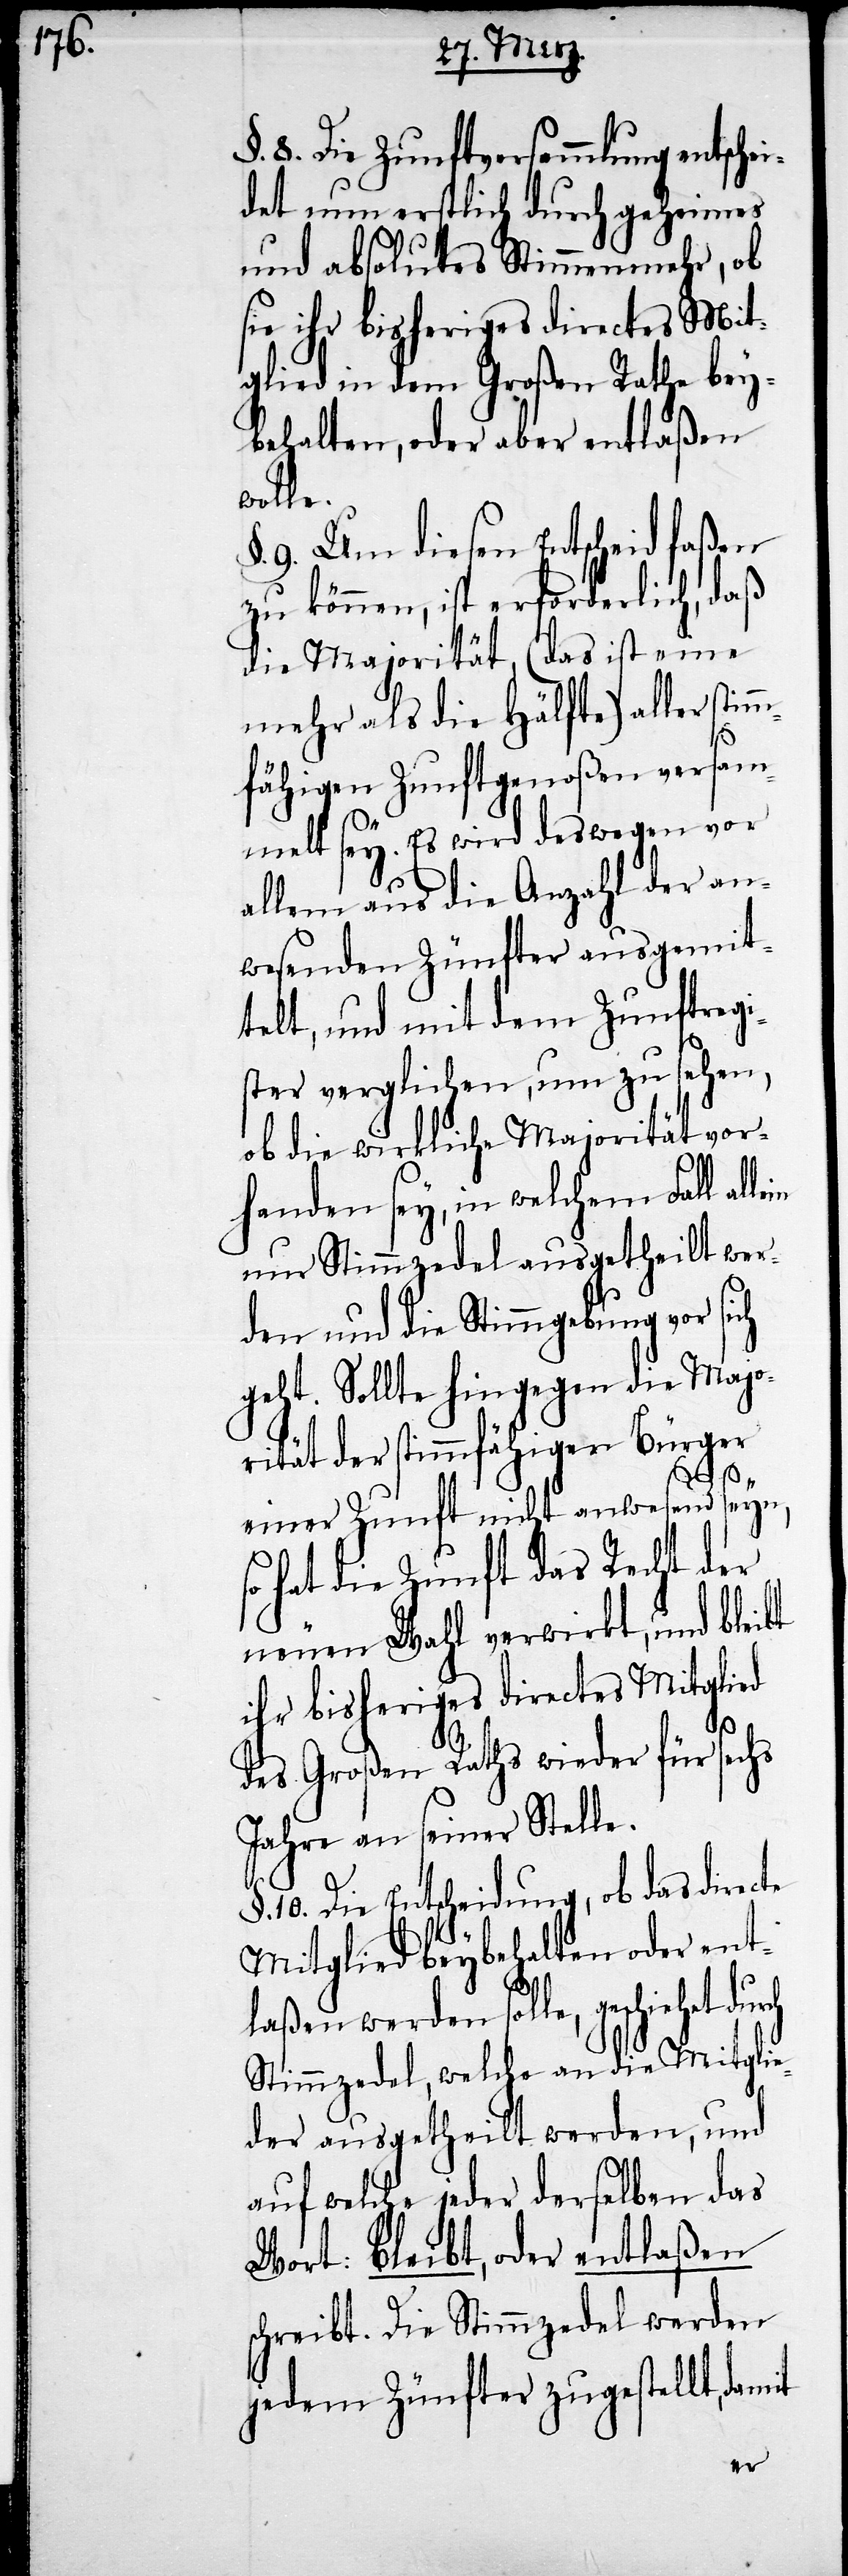
§. 8. Die Zunftversammlung entsche¬
det nun erstlich durch geheimes
und absolutes Stimmenmehr, ob
sie ihr bisheriges directes Mit¬
glied in dem Großen Rathe bey¬
behalten, oder aber entlaßen
wolle.
9. Um diesen Entscheid faßen
zu können, ist erforderlich, daß
die Majorität, (das ist eine
mehr als die Hälfte) aller stim¬
mfähigen Zunftgenoßen versam¬
melt sey. Es wird deswegen vor
allem aus die Anzahl der an¬
wesenden Zünfter ausgemit¬
telt, und mit dem Zunftregi¬
ster verglichen, um zu sehen,
ob die wirkliche Majorität vor¬
handen sey, in welchem Fall all¬
nur Stimmzedel ausgetheilt wer¬
den und die Stimmgebung vor sich
geht. Sollte hingegen die Majo¬
rität der stimmfähigen Bürger
einer Zunft nicht anwesend seyn,
hat die Zunft das Recht der
neuen Wahl verwirkt, und bleibt
ihr bisheriges directes Mitglied
es
des Großen Raths wieder für sechs
Jahre an seiner Stelle.
10. Die Entscheidung, ob das directe
so
Mitglied beybehalten oder ent¬
laßen werden solle, geschiehet
Stimmzedel, welche an die Mitgli¬
eder ausgetheilt werden, und
auf welche jeder derselben das
Wort: bleibt, oder entlaßen
schreibt. Die Stimmzedel werden
jedem Zünfter zugestellt, dam¬
it